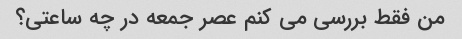
من فقط بررسی می کنم عصر جمعه در چه ساعتی؟